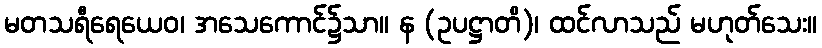
မတသရီရေယေဝ၊ အသေကောင်၌သာ။ န (ဥပဋ္ဌာတိ)၊ ထင်လာသည် မဟုတ်သေး။